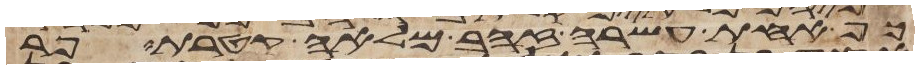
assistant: כף אחת עשרה זהב מלאה קטרת פר